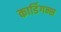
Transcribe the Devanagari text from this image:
कार्डिगन्स